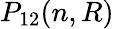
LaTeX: P_{12}(n,R)